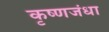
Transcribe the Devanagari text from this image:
कृष्णजंधा